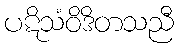
ပဋိသံဝိဒိတသညီ